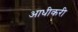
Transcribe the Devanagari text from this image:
आधीकरी